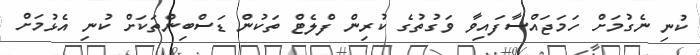
ކުނި ނެގުމަށް ހަމަޖައްސާފައިވާ ވަގުތުގެ ކުރިން ފްލެޓް ތަކުން ޑަސްބިންތަކަށް ކުނި އެޅުމަށް